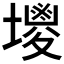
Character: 𡒇